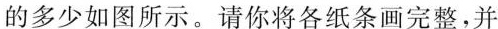
的多少如图所示。请你将各纸条画完整，并